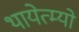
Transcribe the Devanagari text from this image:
थायेत्म्यो